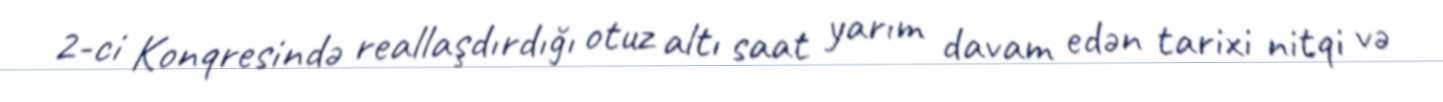
2-ci Konqresində reallaşdırdığı otuz altı saat yarım davam edən tarixi nitqi və